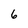
Character: 6